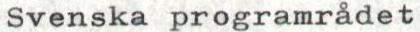
Svenska programrådet